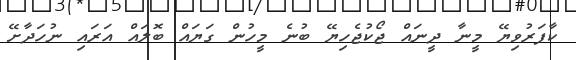
ކާފަރުވިޔޭ މީނާ ދީނައް ޖޯކުޖެހިޔޭ ބުނެ މީހުން ގަޔައް ބޮލައް އަރައި ނުހަދާށޭ